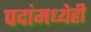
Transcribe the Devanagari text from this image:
पदांमध्येही